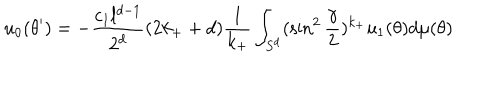
u _ { 0 } ( \theta ^ { \prime } ) = - { \frac { c _ { 1 } l ^ { d - 1 } } { 2 ^ { d } } } ( 2 k _ { + } + d ) { \frac { 1 } { k _ { + } } } \int _ { S ^ { d } } ( \sin ^ { 2 } { \frac { \gamma } { 2 } } ) ^ { k _ { + } } u _ { 1 } ( \theta ) d \mu ( \theta ) ~ ~